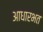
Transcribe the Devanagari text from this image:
आधारभत